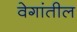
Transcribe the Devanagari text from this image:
वेगांतील